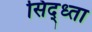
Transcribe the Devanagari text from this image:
सिद्ध्ता